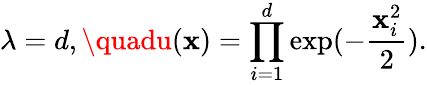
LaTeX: \lambda=d,\quadu(\mathbf{x})=\prod_{i=1}^{d}\exp(-\frac{{\mathbf{x}_{i}^{2}}}{{2}}).